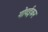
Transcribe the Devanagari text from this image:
गोवईकर